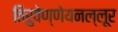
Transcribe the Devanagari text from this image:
तिरुवेण्णेयनल्लूर